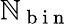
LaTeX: \mathbb{N}_{\mathrm{{~b~i~n~}}}